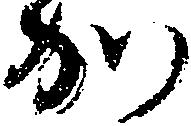
か